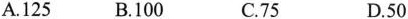
A.125 B.100 C.75 D.50